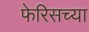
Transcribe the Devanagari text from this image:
फेरिसच्या